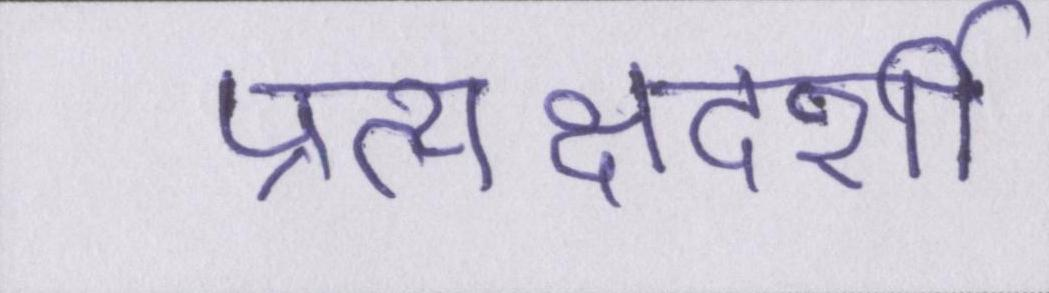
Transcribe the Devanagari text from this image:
प्रत्यक्षदर्शी